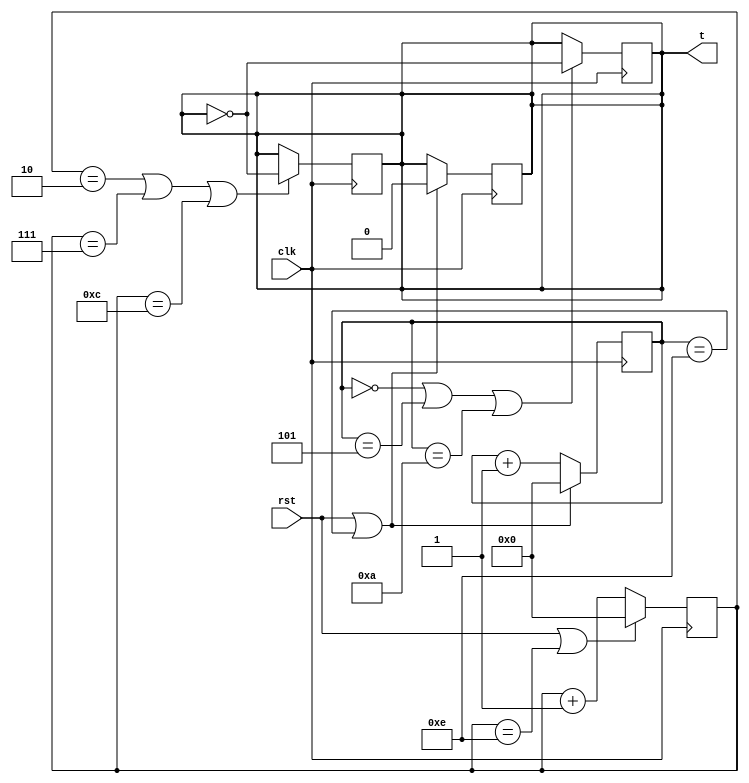
// Code your design here
module div_5(t,clk,rst);
  input clk,rst;
  output reg t;
  reg [3:0] count1,count2;
  always@(posedge clk)
    if (rst || count1==4'b1110)
      begin
      t <= 0;
      count1 <=0 ; 
      end
    else
      count1 <=  count1 + 1;
  always@(negedge clk)
    if (rst || count2==4'b1110)
      count2 <=0 ; 
    else
       count2 <=  count2 + 1;
       always@(posedge clk )
        if (count1 ==4'b0000 || count1==4'b0101 || count1==4'b1010)
             t = ~t;
       always@(negedge clk )
       if (count2 == 4'b0010 || count2==4'b0111 || count2==4'b1100 )
            t = ~t;         
endmodule